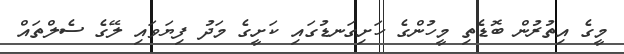
މީގެ އިތުރުން ބޮޑެތި މީހުންގެ ހަށިގަނޑުގައި ކަށީގެ މަދު ފިޔަވައި ލޭގެ ސެލްތައް